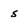
Character: 5